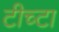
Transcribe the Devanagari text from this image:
टीच्टा